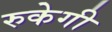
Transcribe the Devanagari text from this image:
रुकेगी